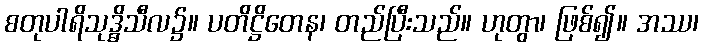
စတုပါရိသုဒ္ဓိသီလ၌။ ပတိဋ္ဌိတေန၊ တည်ပြီးသည်။ ဟုတွာ၊ ဖြစ်၍။ အဿ၊